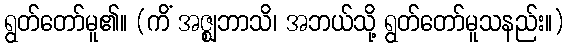
ရွတ်တော်မူ၏။ (ကိံ အဇ္ဈဘာသိ၊ အဘယ်သို့ ရွတ်တော်မူသနည်း။)